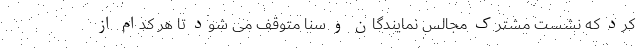
کرد که نشست مشترک مجالس نمایندگان و سنا متوقف می شود تا هر کدام از